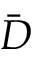
\Bar { D }